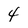
Character: 4